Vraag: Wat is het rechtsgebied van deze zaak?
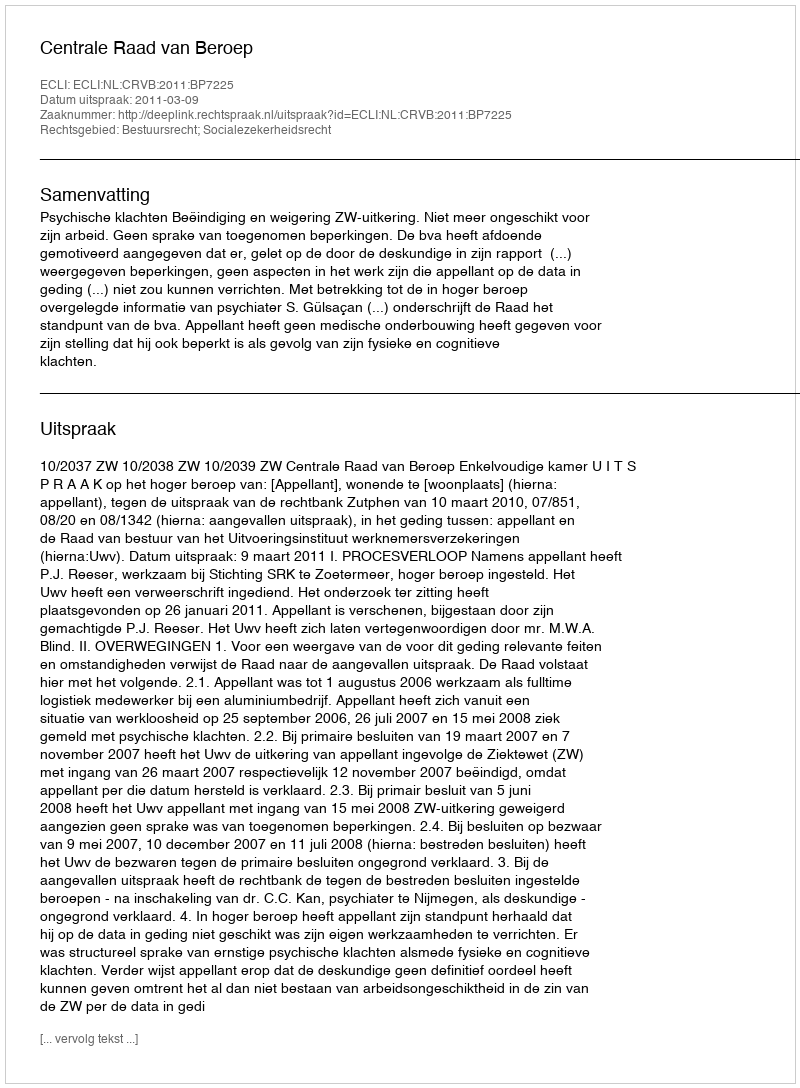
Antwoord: Bestuursrecht; Socialezekerheidsrecht